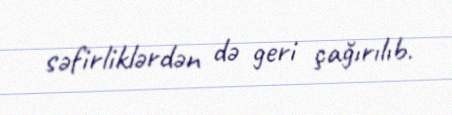
səfirliklərdən də geri çağırılıb.